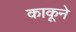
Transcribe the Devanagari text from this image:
काकूने